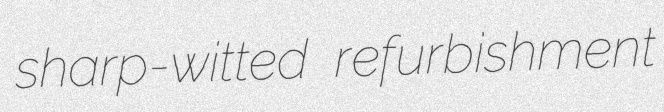
sharp-witted refurbishment